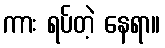
ကား ရပ်တဲ့ နေရာ။